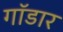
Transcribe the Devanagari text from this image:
गॉडार